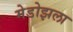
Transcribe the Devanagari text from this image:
मेडोझला